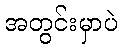
အတွင်းမှာပဲ